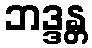
ဘဒ္ဒန္တ